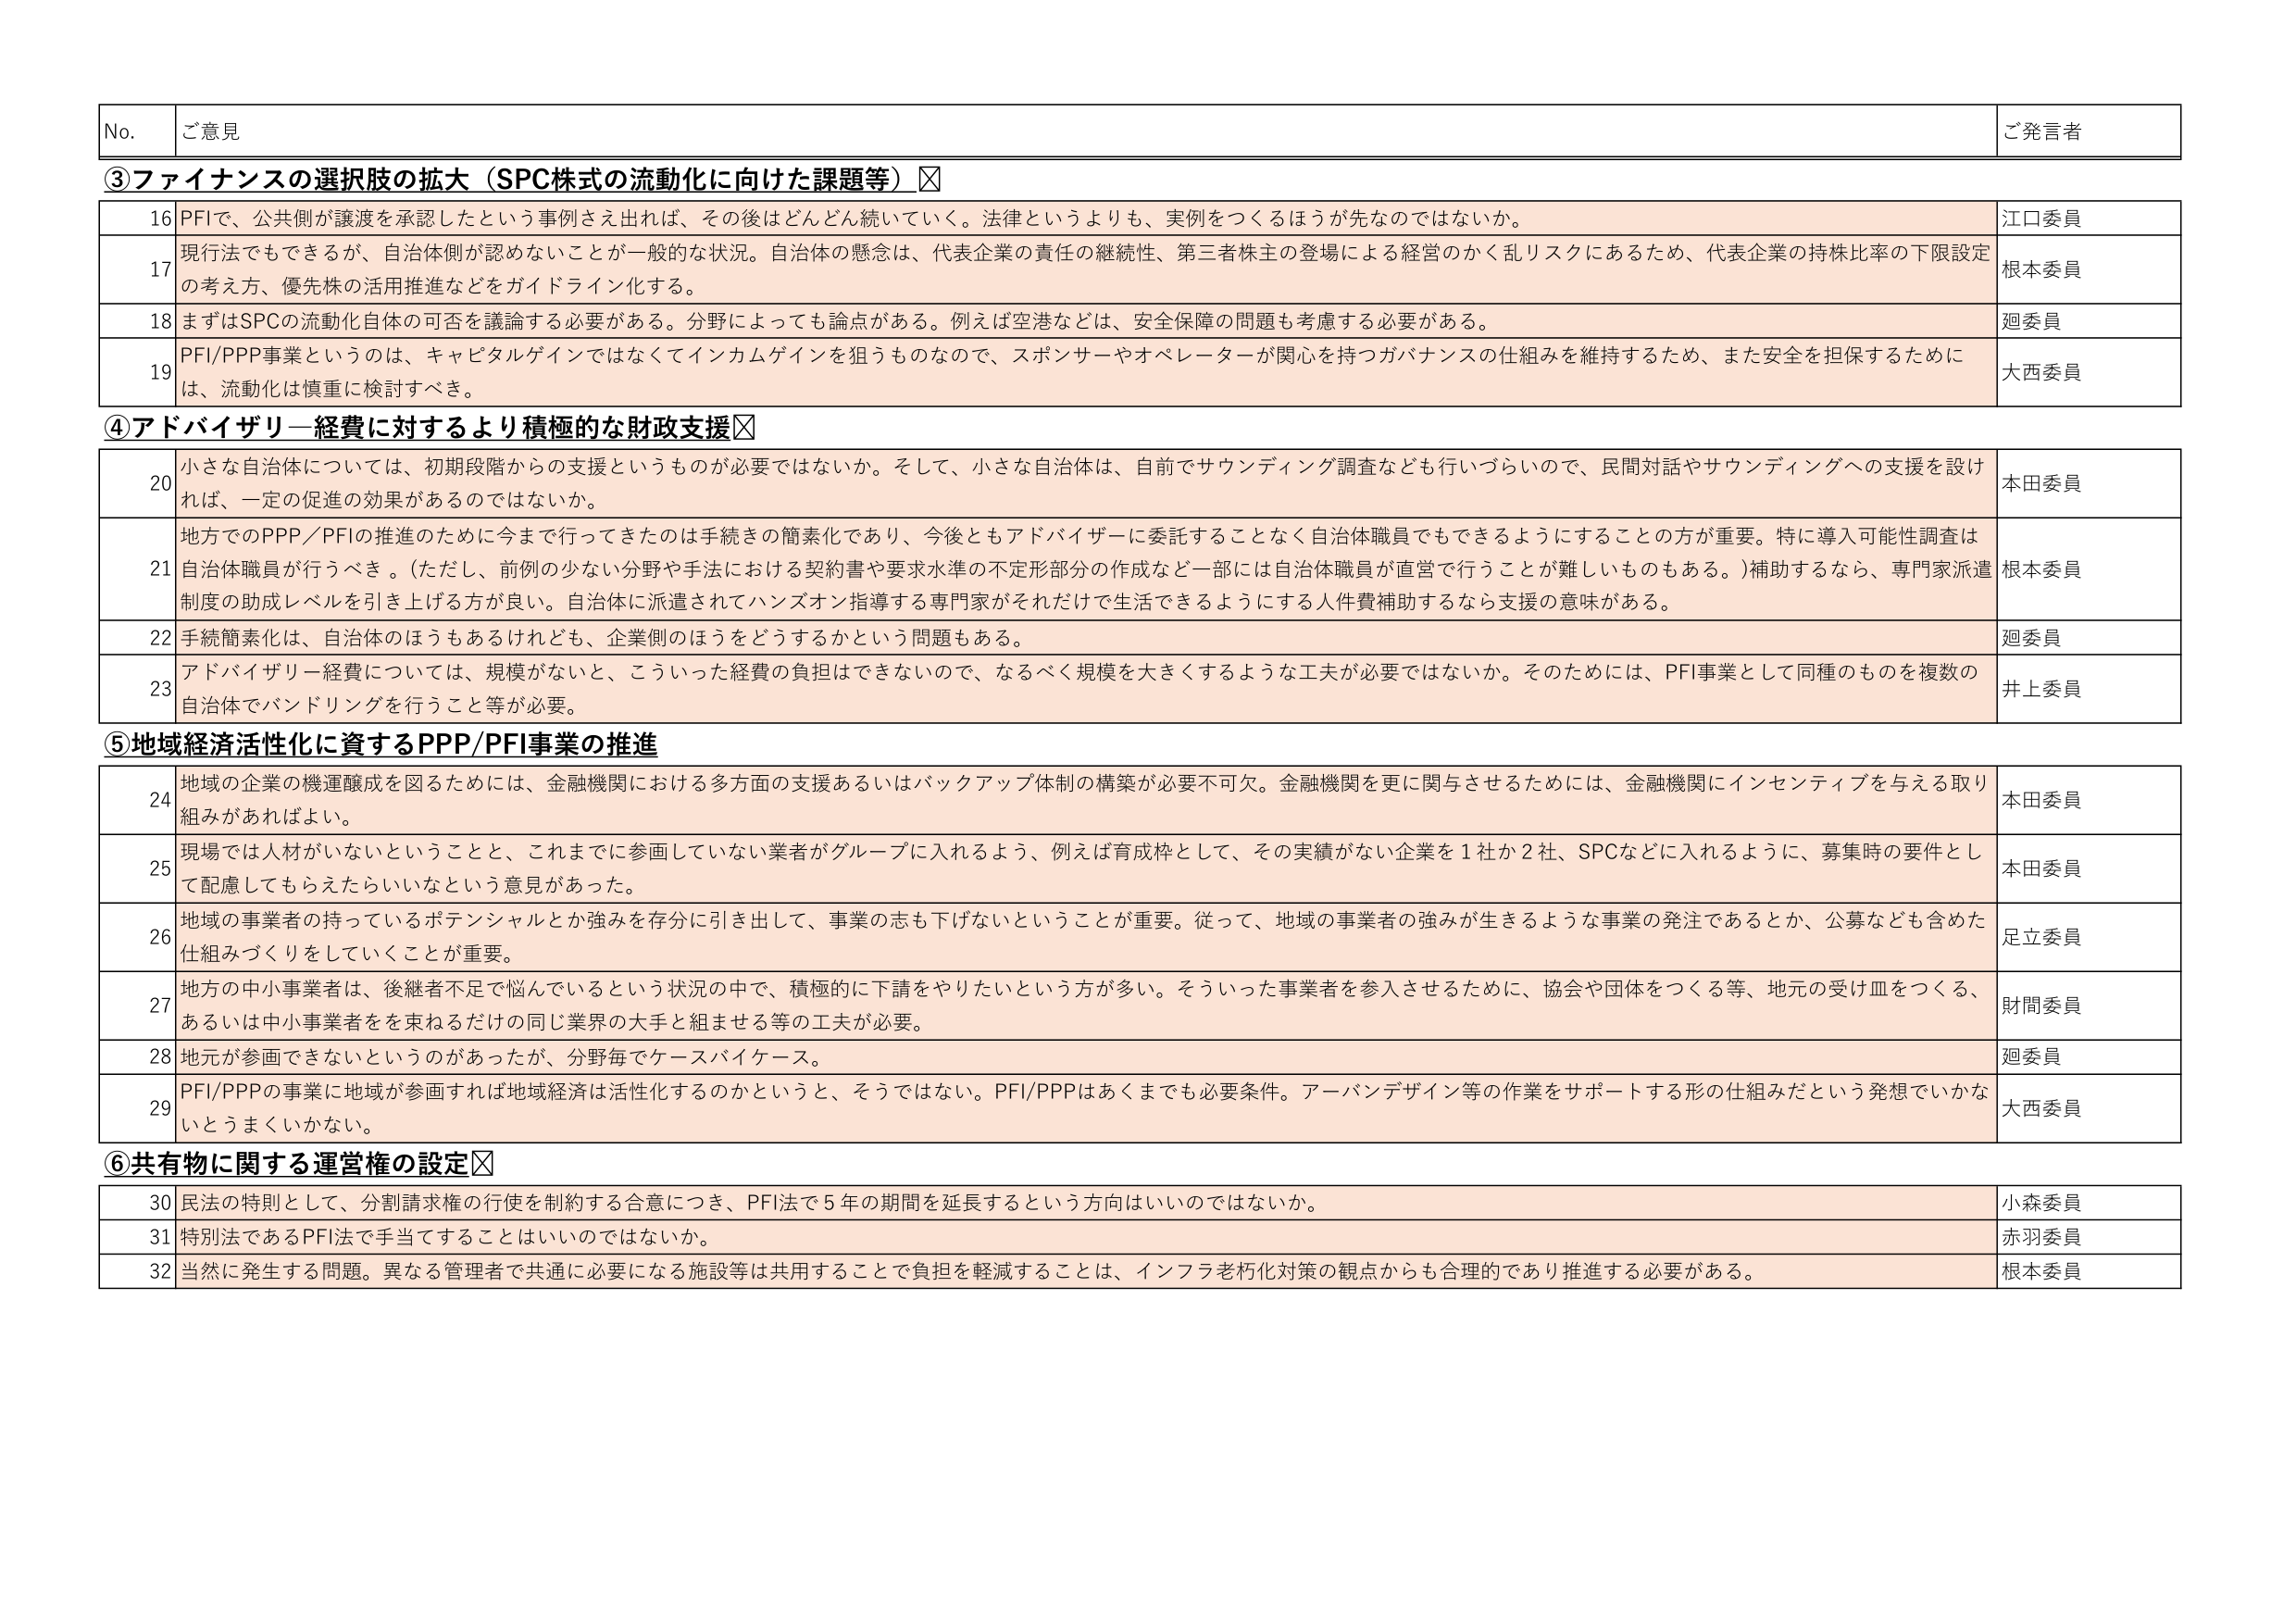
No. ご意見 ご発言者
③ファイナンスの選択肢の拡大（SPC株式の流動化に向けた課題等）☑
16 PFIで、公共側が譲渡を承認したという事例さえ出れば、その後はどんどん続いていく。法律というよりも、実例をつくるほうが先なのではないか。 江口委員
17 現行法でもできるが、自治体側が認めないことが一般的な状況。自治体の懸念は、代表企業の責任の継続性、第三者株主の登場による経営のかく乱リスクにあるため、代表企業の持株比率の下限設定の考え方、優先株の活用推進などをガイドライン化する。 根本委員
18 まずはSPCの流動化自体の可否を議論する必要がある。分野によっても論点がある。例えば空港などは、安全保障の問題も考慮する必要がある。 迥委員
19 PFI/PPP事業というのは、キャピタルゲインではなくてインカムゲインを狙うものなので、スポンサーやオペレーターが関心を持つガバナンスの仕組みを維持するため、また安全を担保するために は、流動化は慎重に検討すべき。 大西委員
④アドバイザリー経費に対するより積極的な財政支援☑
20 小さな自治体については、初期段階からの支援というものが必要ではないか。そして、小さな自治体は、自前でサウンディング調査なども行いづらいので、民間対話やサウンディングへの支援を設ければ、一定の促進の効果があるのではないか。 本田委員
21 地方でのPPP／PFIの推進のために今まで行ってきたのは手続きの簡素化であり、今後ともアドバイザーに委託することなく自治体職員でもできるようにすることの方が重要。特に導入可能性調査は自治体職員が行うべき。（ただし、前例の少ない分野や手法における契約書や要求水準の不定形部分の作成など一部には自治体職員が直営で行うことが難しいものもある。）補助するなら、専門家派遣制度の助成レベルを引き上げる方が良い。自治体に派遣されてハンズオン指導する専門家がそれだけで生活できるようにする人件費補助するなら支援の意味がある。 根本委員
22 手続簡素化は、自治体のほうもあるけれども、企業側のほうをどうするかという問題もある。 迥委員
23 アドバイザリー経費については、規模がないと、こういった経費の負担はできないので、なるべく規模を大きくするような工夫が必要ではないか。そのためには、PFI事業として同種のものを複数の自治体でバンドリングを行うこと等が必要。 井上委員
⑤地域経済活性化に資するPPP/PFI事業の推進
24 地域の企業の機運醸成を図るためには、金融機関における多方面の支援あるいはバックアップ体制の構築が必要不可欠。金融機関を更に関与させるためには、金融機関にインセンティブを与える取り組みがあればよい。 本田委員
25 現場では人材がいないということと、これまでに参画していない業者がグループに入れるよう、例えば育成枠として、その実績がない企業を1社か2社、SPCなどに入れるように、募集時の要件として配慮してもらえたらいいなという意見があった。 本田委員
26 地域の事業者の持っているポテンシャルとか強みを存分に引き出して、事業の志も下げないということが重要。従って、地域の事業者の強みが生きるような事業の発注であるとか、公募なども含めた仕組みづくりをしていくことが重要。 足立委員
27 地方の中小事業者は、後継者不足で悩んでいるという状況の中で、積極的に下請をやりたいという方が多い。そういった事業者を参入させるために、協会や団体をつくる等、地元の受け皿をつくる、あるいは中小事業者を束ねるだけの同じ業界の大手と組ませる等の工夫が必要。 財間委員
28 地元が参画できないというのがあったが、分野毎でケースバイケース。 迥委員
29 PFI/PPPの事業に地域が参画すれば地域経済は活性化するのかというと、そうではない。PFI/PPPはあくまでも必要条件。アーバンデザイン等の作業をサポートする形の仕組みだという発想でいかないとうまくいかない。 大西委員
⑥共有物に関する運営権の設定☑
30 民法の特則として、分割請求権の行使を制約する合意につき、PFI法で5年の期間を延長するという方向はいいのではないか。 小森委員
31 特別法であるPFI法で手当てすることはいいのではないか。 赤羽委員
32 当然に発生する問題。異なる管理者で共通に必要になる施設等は共用することで負担を軽減することは、インフラ老朽化対策の観点からも合理的であり推進する必要がある。 根本委員